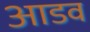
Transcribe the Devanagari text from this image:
आडव